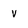
Character: v